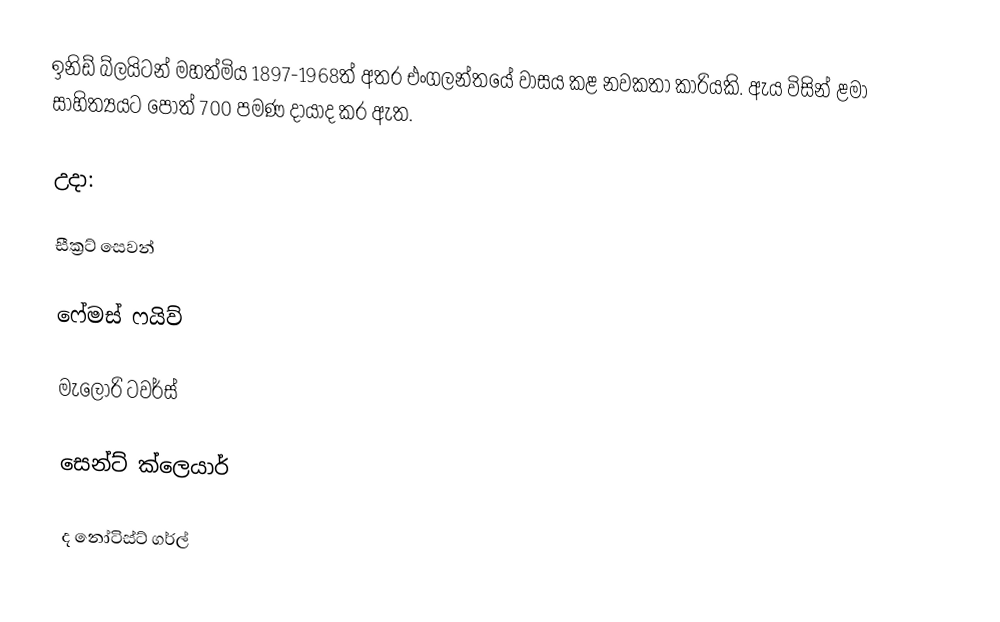
ඉනිඩ් බ්ලයිටන් මහත්මිය 1897-1968ත් අතර එංගලන්තයේ වාසය කළ නවකතා කාරියකි. ඇය විසින් ළමා සාහිත්‍යයට පොත් 700 පමණ දායාද කර ඇත.

උදා:

සීක්‍රට් සෙවන්

ෆේමස් ෆයිව්

මැලෝරි ටවර්ස්

සෙන්ට් ක්ලෙයාර්

ද නෝටිස්ට් ගර්ල්